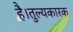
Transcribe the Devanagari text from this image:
है।तुल्यकारक